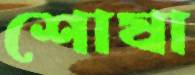
শোষা